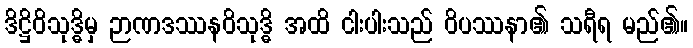
ဒိဋ္ဌိဝိသုဒ္ဓိမှ ဉာဏဒဿနဝိသုဒ္ဓိ အထိ ငါးပါးသည် ဝိပဿနာ၏ သရီရ မည်၏။